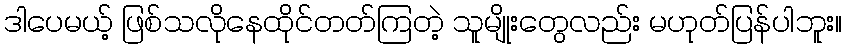
ဒါပေမယ့် ဖြစ်သလိုနေထိုင်တတ်ကြတဲ့ သူမျိုးတွေလည်း မဟုတ်ပြန်ပါဘူး။